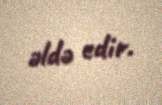
əldə edir.